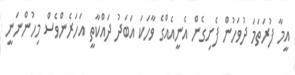
އީމާ ފުރަތަމަ ދުވަހުން ފެށިގެން އެނީއެއްގެ ވާހަކަ އަބަދު ދައްކާތީ އަހަރެންވެސް މިހުންނަނީ